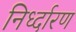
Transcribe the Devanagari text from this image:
निर्ध्दारण